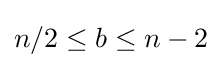
n/2\leq b\leq n-2